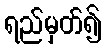
ရည်မှတ်၍